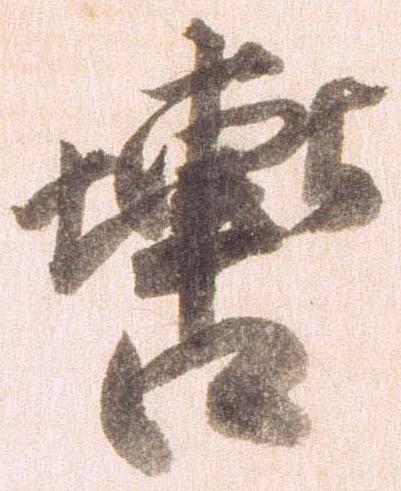
轡